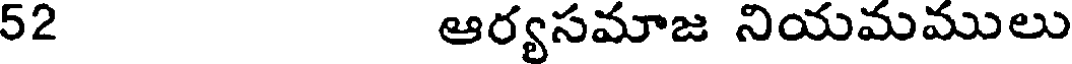
52 ఆర్యసమాజ నియమములు